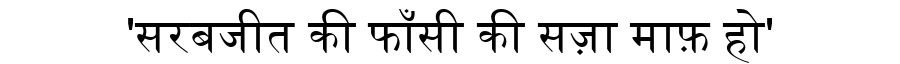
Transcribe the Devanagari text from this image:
'सरबजीत की फाँसी की सज़ा माफ़ हो'